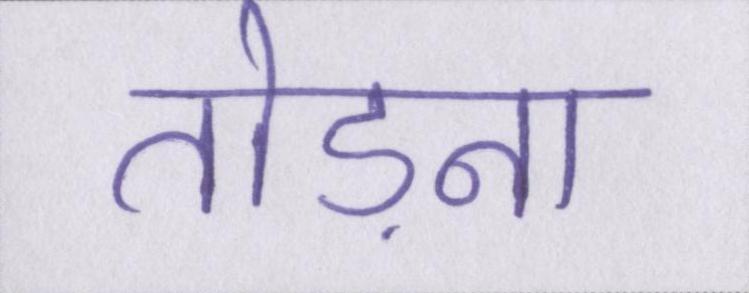
तोड़ना